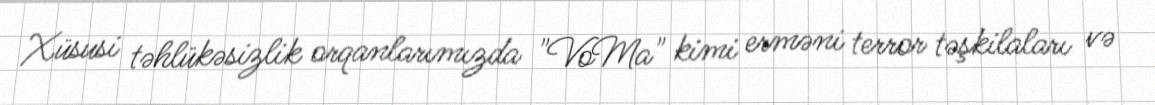
Xüsusi təhlükəsizlik orqanlarımızda "VoMa" kimi erməni terror təşkilaları və